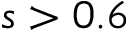
s > 0 . 6